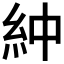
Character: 𫃞